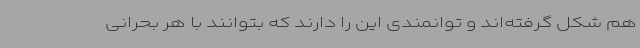
هم شکل گرفته‌اند و توانمندی این را دارند که بتوانند با هر بحرانی